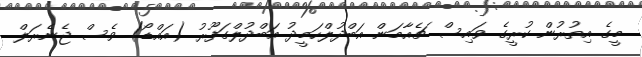
މީގެ އިތުރުން ކުރީގެ ވައިސް ޗެއާމަން އަބްދުލްހަމީދު އަބްދުލްގަފޫރު (އައްޑޯ) ވެސް ޖެނެރަލް